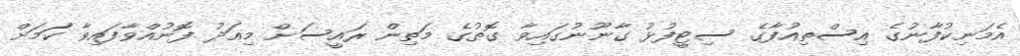
އެމަނިކުފާނުގެ އިސްތިއުފާގެ ސިޓީފުޅު ގާނޫނުގައިވާ ގޮތުގެ މަތިން ރައީސަށް މިއަދު ފޮނުއްވާފައިވާ ކަަމަށް